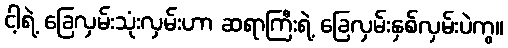
ငါ့ရဲ့ ခြေလှမ်းသုံးလှမ်းဟာ ဆရာကြီးရဲ့ ခြေလှမ်းနှစ်လှမ်းပဲကွ။